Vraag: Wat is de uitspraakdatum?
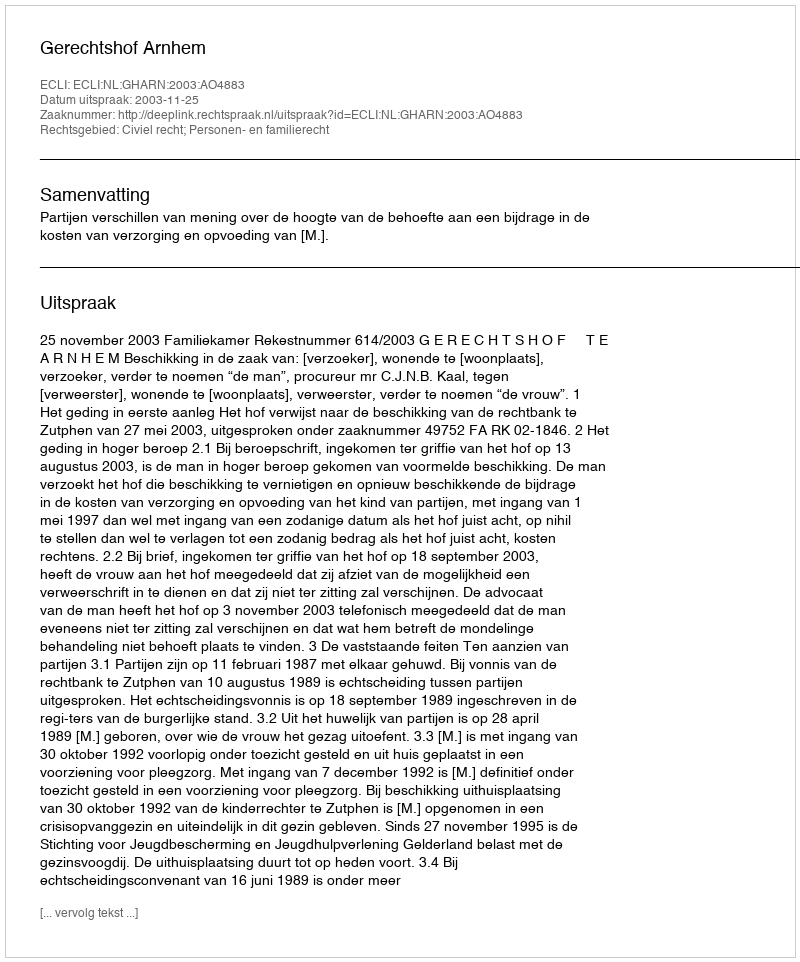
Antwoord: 2003-11-25